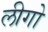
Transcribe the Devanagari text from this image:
लीगो